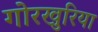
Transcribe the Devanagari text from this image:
गोरखुरिया